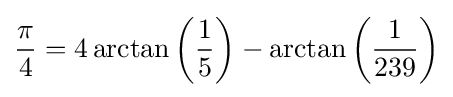
{\pi  \over 4}=4\arctan \left({1 \over 5}\right)-\arctan \left({1 \over 239}\right)